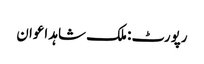
رپورٹ: ملک شاہد اعوان